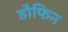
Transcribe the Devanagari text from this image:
डौफिन